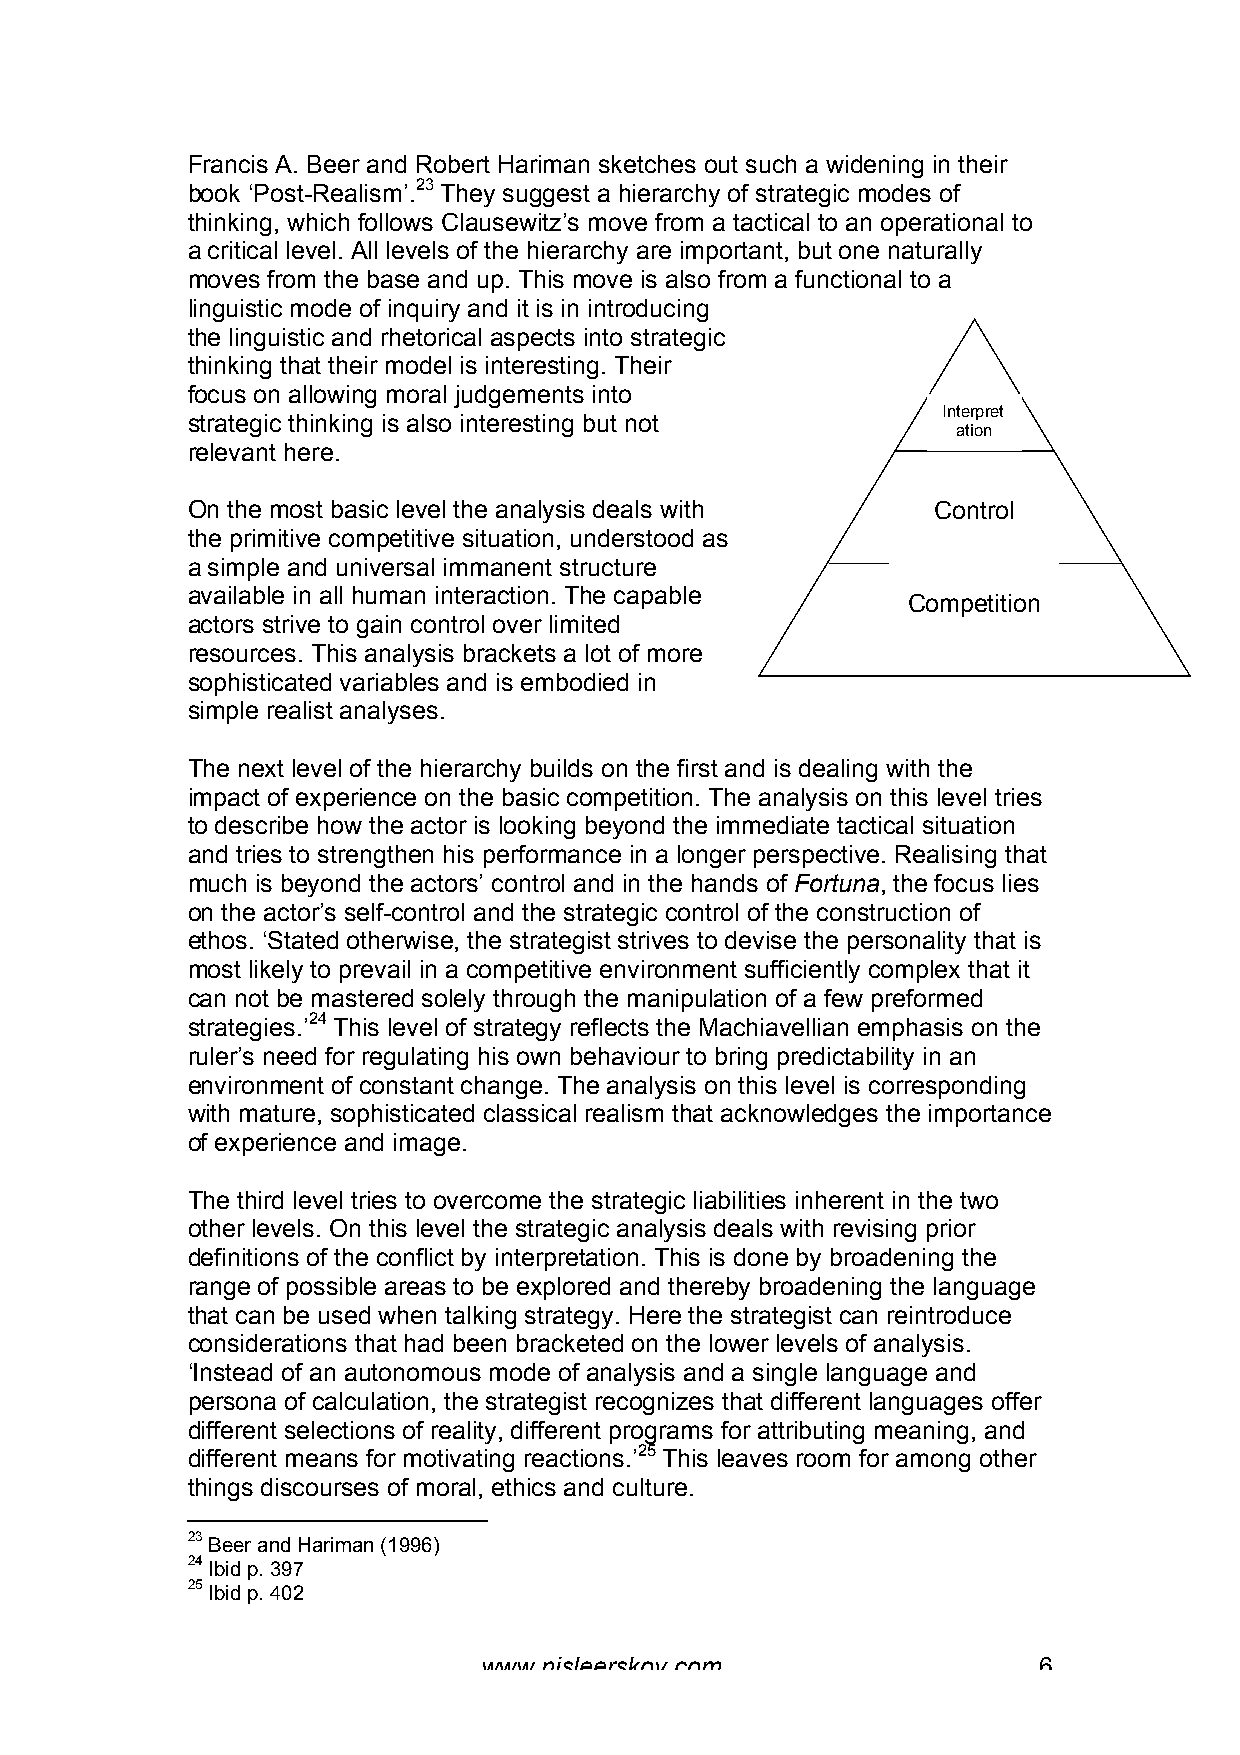
Francis A. Beer and Robert Hariman sketches out such a widening in their
 book ‘Post-Realism’.23 They suggest a hierarchy of strategic modes of
 thinking, which follows Clausewitz’s move from a tactical to an operational to
 a critical level. All levels of the hierarchy are important, but one naturally
 moves from the base and up. This move is also from a functional to a
 linguistic mode of inquiry and it is in introducing
 the linguistic and rhetorical aspects into strategic
 thinking that their model is interesting. Their
 focus on allowing moral judgements into
 Interpret
 strategic thinking is also interesting but not
 ation
 relevant here.
 On the most basic level the analysis deals with   Control
 the primitive competitive situation, understood as
 a simple and universal immanent structure
 available in all human interaction. The capable
 Competition
 actors strive to gain control over limited
 resources. This analysis brackets a lot of more
 sophisticated variables and is embodied in
 simple realist analyses.
 The next level of the hierarchy builds on the first and is dealing with the
 impact of experience on the basic competition. The analysis on this level tries
 to describe how the actor is looking beyond the immediate tactical situation
 and tries to strengthen his performance in a longer perspective. Realising that
 much is beyond the actors’ control and in the hands of Fortuna, the focus lies
 on the actor’s self-control and the strategic control of the construction of
 ethos. ‘Stated otherwise, the strategist strives to devise the personality that is
 most likely to prevail in a competitive environment sufficiently complex that it
 can not be mastered solely through the manipulation of a few preformed
 strategies.’24 This level of strategy reflects the Machiavellian emphasis on the
 ruler’s need for regulating his own behaviour to bring predictability in an
 environment of constant change. The analysis on this level is corresponding
 with mature, sophisticated classical realism that acknowledges the importance
 of experience and image.
 The third level tries to overcome the strategic liabilities inherent in the two
 other levels. On this level the strategic analysis deals with revising prior
 definitions of the conflict by interpretation. This is done by broadening the
 range of possible areas to be explored and thereby broadening the language
 that can be used when talking strategy. Here the strategist can reintroduce
 considerations that had been bracketed on the lower levels of analysis.
 ‘Instead of an autonomous mode of analysis and a single language and
 persona of calculation, the strategist recognizes that different languages offer
 different selections of reality, different programs for attributing meaning, and
 different means for motivating reactions.’25 This leaves room for among other
 things discourses of moral, ethics and culture.
 23 Beer and Hariman (1996)
 24 Ibid p. 397
 25 Ibid p. 402
 www.nisleerskov.com                  6